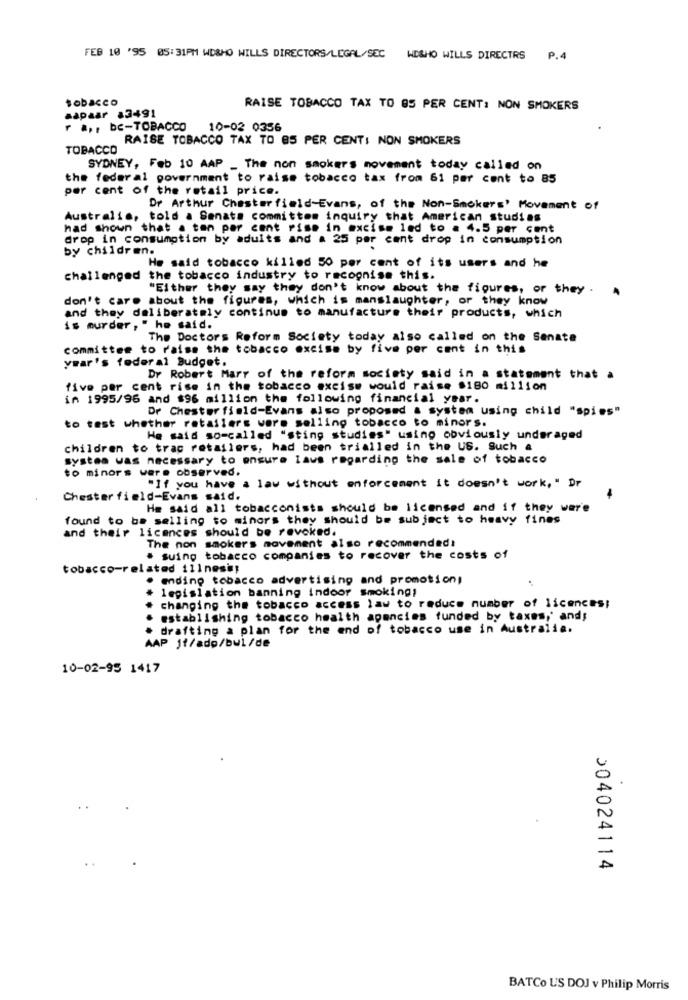
FEB 10 '95 05:31PM WD&HO WILLS DIRECTORS/LEGAL/SEC WISHO WILLS DIRECTRS P.4
tobacco
RAISE TOBACCO TAX TO 85 PER CENT: NON SMOKERS
aapaar a3491
r a ,, bc-TOBACCO
10-02 0356
RAISE TOBACCO TAX TO 85 PER CENT: NON SMOKERS
TOBACCO
SYDNEY, Feb 10 AAP _ The non smokers movement today called on
the federal government to raise tobacco tax from 61 per cent to 85
per cent of the retail price.
Dr Arthur Chesterfield-Evans, of the Non-Smokers' Movement of
Australia, told a Senats committem inquiry that American studies
had shown that a ton per cent rise in excise led to a 4.5 per cent
drop in consumption by adults and a 25 per cent drop in consumption
by children.
He said tobacco killed 50 per cent of its users and he
challenged the tobacco industry to recognise this.
"Either they say they don't know about the figures, or they .
don't care about the figures, which is manslaughter, or they know
and they deliberately continue to manufacture their products, which
is murder, " he said.
The Doctors Reform Society today also called on the Senate
committee to raise the tobacco excise by five per cent in this
year's federal Budget.
Dr Robert Marr of the reform society said in a statement that a
five per cent rise in the tobacco excise would raise $180 million
in 1995/96 and $96 million the following financial year.
Dr Chesterfield-Evans also proposed a system using child "spies"
to test whether retailers ware selling tobacco to minors.
He said so-called "sting studies" using obviously underaged
children to trac retailers, had been trialled in the US. Such a
system was necessary to ensure laus regarding the sale of tobacco
to minors were observed.
"If you have a law without enforcement it doesn't work, " Dr
Chesterfield-Evans said.
He said all tobacconists should be licensed and if they wer'e
found to be selling to minors they should be subject to heavy fines
and their licences should be revoked.
The non smokers movement also recommended:
. suing tobacco companies to recover the costs of
tobacco-related illnesi;
. ending tobacco advertising and promotion,
legislation banning indoor smoking!
changing the tobacco access law to reduce number of licences;
establishing tobacco health apancies funded by taxes,' and;
. drafting a plan for the end of tobacco use in Australia.
AAP Jf/ado/bul/de
10-02-95 1417
>04024114
BATCo U'S DOJ v Philip Morris